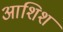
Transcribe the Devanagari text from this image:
आशिश